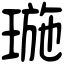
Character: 㻢